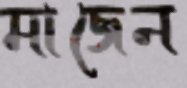
মাজেন